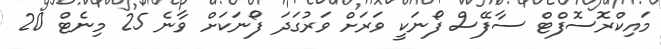
މައިކްރޮސޮފްޓް ސާފޭސް ފޯނަކީ ވަރަށް ވަރުގަދަ ފޯނަކަށް ވާނެ 25 މިނެޓް 20